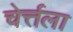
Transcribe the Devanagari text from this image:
चेर्त्तला